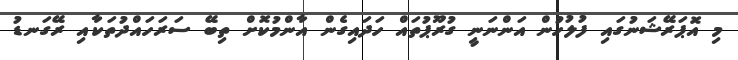
މި އޮޕަރޭޝަނުގައި ފުލުހުން އަންނަނީ ގުރޫޕުތައް ހަދައިގެން އާންމުކޮށް ތިބޭ ސަރަހައްދުތަކާއި ރޭގަނޑު